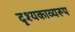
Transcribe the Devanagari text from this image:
दृश्यकाव्यरूप